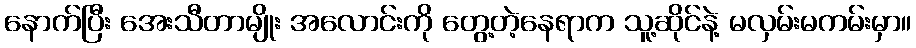
နောက်ပြီး အေးသီတာမျိုး အလောင်းကို တွေ့တဲ့နေရာက သူ့ဆိုင်နဲ့ မလှမ်းမကမ်းမှာ။